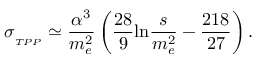
\sigma _ { _ { T P P } } \simeq \frac { \alpha ^ { 3 } } { m _ { e } ^ { 2 } } \left( \frac { 2 8 } { 9 } \mathrm { l n } \frac { s } { m _ { e } ^ { 2 } } - \frac { 2 1 8 } { 2 7 } \right) .